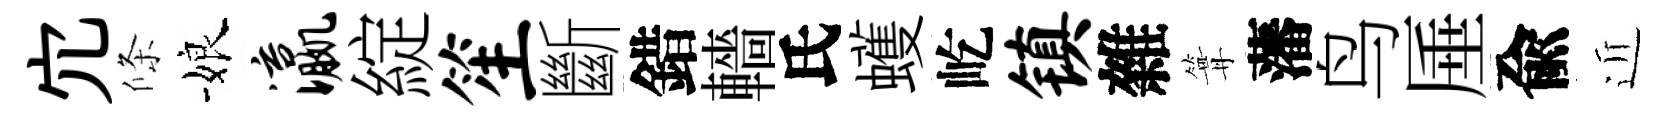
宂條娘瀛綻笙斷錯轖氏蠖屹镇雜篝藩鸟厜兪近